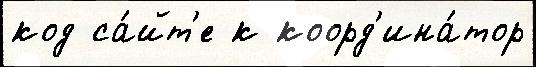
код са́йт'е к коорд'ина́тор